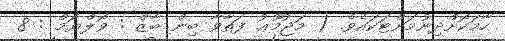
ހާމަކޮށްދިނުމަށްޓަކައެވެ. ( މަޖުމޫޢު ފަތާވާ ބިން ބާޒް : ވޮލްޔަމް : 8